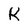
Character: K